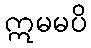
ဣမမပိ